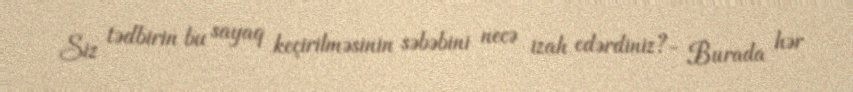
Siz tədbirin bu sayaq keçirilməsinin səbəbini necə izah edərdiniz?- Burada hər